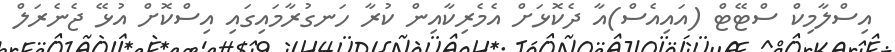
އިސްލާމިކްް ސްޓޭޓް (އައިއެސް)އާ ދެކޮޅަށް އެމެރިކާއިން ކުރާ ހަނގުރާމައިގައި އިސްކޮށް އުޅޭ ޖެނެރަލް